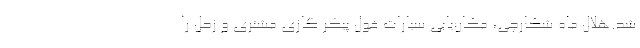
شد.هلال ماه شکارچی، مکان‌یابی سیارات غول پیکر گازی مشتری و زحل را